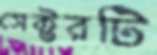
সেক্টরটি